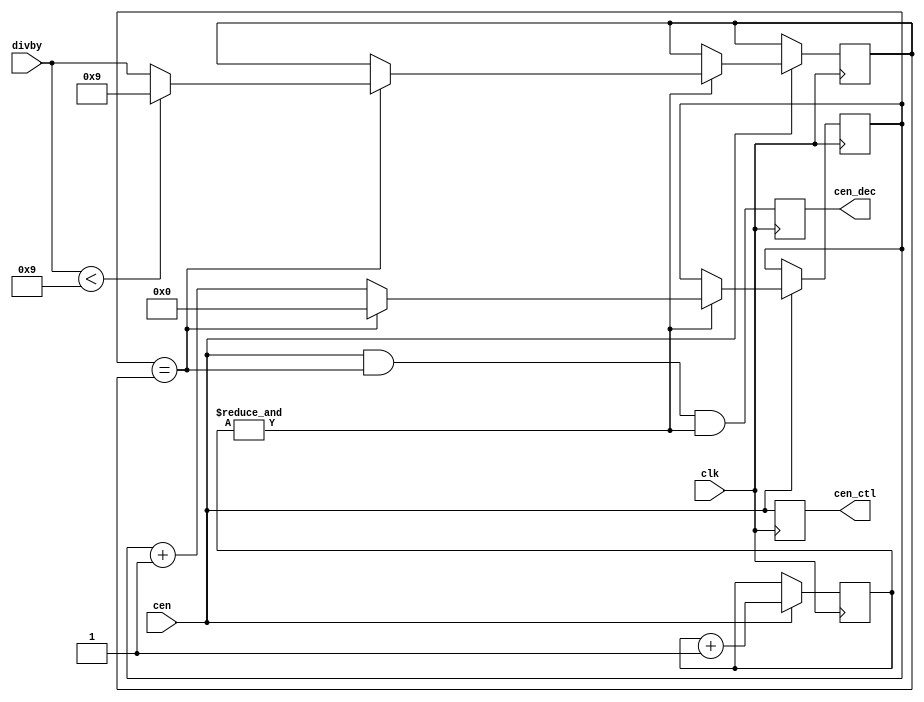
/*  This file is part of JT7759.
    JT7759 program is free software: you can redistribute it and/or modify
    it under the terms of the GNU General Public License as published by
    the Free Software Foundation, either version 3 of the License, or
    (at your option) any later version.

    JT7759 program is distributed in the hope that it will be useful,
    but WITHOUT ANY WARRANTY; without even the implied warranty of
    MERCHANTABILITY or FITNESS FOR A PARTICULAR PURPOSE.  See the
    GNU General Public License for more details.

    You should have received a copy of the GNU General Public License
    along with JT7759.  If not, see <http://www.gnu.org/licenses/>.

    Author: Jose Tejada Gomez. Twitter: @topapate
    Version: 1.0
    Date: 5-7-2020 */

module jt7759_div(
    input            clk,
    input            cen,  // 640kHz
    input      [5:0] divby,
    output reg       cen_ctl,   // control = 8x faster than decoder
    output reg       cen_dec
);

reg [1:0] cnt4;
reg [5:0] decdiv, /*ctldiv,*/ divby_l;
wire      /*eoc_ctl,*/ eoc_dec, eoc_cnt; //  end of count

// assign eoc_ctl = ctldiv == { 1'b0, divby_l[5:1] };
assign eoc_dec = decdiv == divby_l;
assign eoc_cnt = &cnt4;

`ifdef SIMULATION
initial begin
    cnt4   = 2'd0;
    divby_l= 0;
    decdiv = 6'd3; // bad start numbers to show the auto allignment feature
    //ctldiv = 6'd7;
end
`endif

always @(posedge clk) if(cen) begin
    cnt4   <= cnt4+2'd1;
    if( eoc_cnt ) begin
        decdiv <= eoc_dec ? 6'd0 : (decdiv+1'd1);
        if( eoc_dec ) divby_l <= divby < 6'd9 ? 6'd9 : divby; // The divider is updated only at EOC
    end
    // ctldiv <= eoc_ctl || (eoc_dec && eoc_cnt) ? 6'd0 : (ctldiv+1'd1);
end

always @(posedge clk) begin
    cen_ctl <= cen; // && eoc_ctl;
    cen_dec <= cen && eoc_dec && eoc_cnt;
end

endmodule